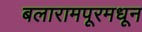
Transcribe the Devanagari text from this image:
बलारामपूरमधून